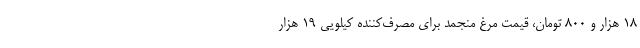
۱۸ هزار و ۸۰۰ تومان، قیمت مرغ منجمد برای مصرف‌کننده کیلویی ۱۹ هزار